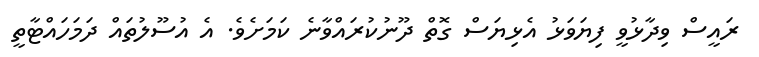
ރައީސް ވިދާޅުވީ ފިޔަވަޅު އެޅިޔަސް ގޮތް ދޫނުކުރައްވާނެ ކަމަށެވެ. އެ އުސޫލުތައް ދަމަހައްޓާތީ